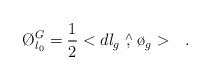
\begin{align*}\O_{l_{0}}^{G}=\frac{1}{2}<dl_{g}\stackrel{\wedge}{,}\o_{g}> \ \ .\end{align*}